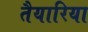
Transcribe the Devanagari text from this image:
तैयारिया